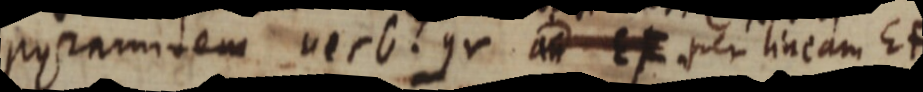
posamitem verb. gr ad qux per lineam EF